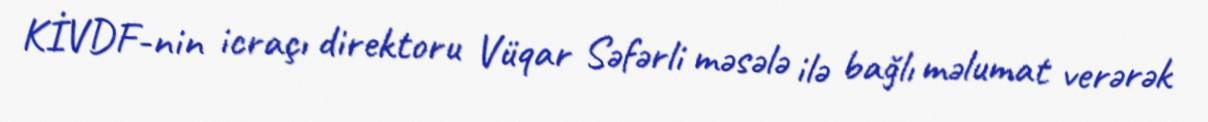
KİVDF-nin icraçı direktoru Vüqar Səfərli məsələ ilə bağlı məlumat verərək